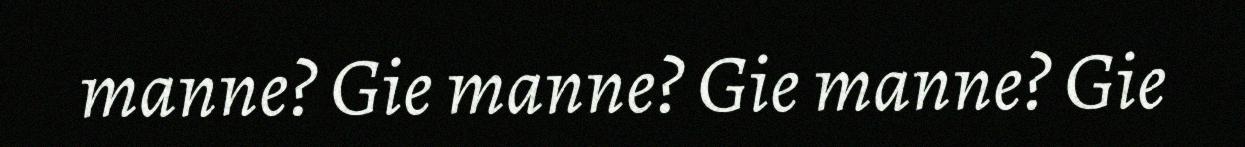
manne? Gie manne? Gie manne? Gie